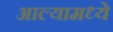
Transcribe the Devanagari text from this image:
आल्यामध्ये